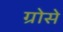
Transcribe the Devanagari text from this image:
ग्रोसे